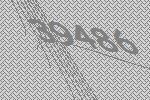
39486